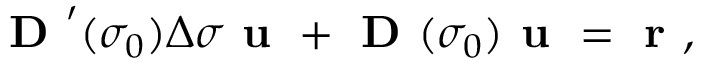
\textbf { D } ^ { \prime } ( \sigma _ { 0 } ) \Delta \sigma \textbf { u } + \textbf { D } ( \sigma _ { 0 } ) \textbf { u } = \textbf { r } ,